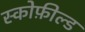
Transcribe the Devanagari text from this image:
स्कोफ़ील्ड